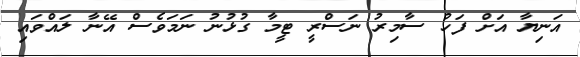
އަނިޔާ އަށް ފަހު ސާމިރު ނަސްރީ ޓީމާ ގުޅުނު ނަމަވެސް އޭނާ ލައްވައި